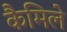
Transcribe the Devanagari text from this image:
कैमिले